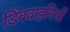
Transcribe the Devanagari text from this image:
डिंबवाहनियों